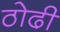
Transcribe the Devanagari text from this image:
ठोढी़